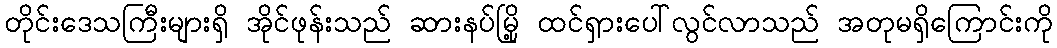
တိုင်းဒေသကြီးများရှိ အိုင်ဖုန်းသည် ဆားနပ်မြို့ ထင်ရှားပေါ်လွင်လာသည် အတုမရှိကြောင်းကို